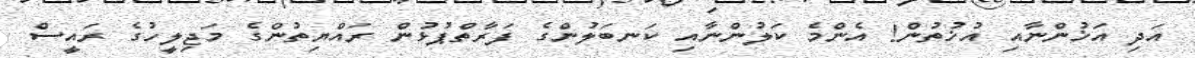
އަދި އަޚުންނާއި އުޚުތުން! އެންމެ ކަލުންނާއި ކަނބަލުންގެ ފަރާތްޕުޅުން ރައްޔިތުންގެ މަޖިލީހުގެ ރައީސް